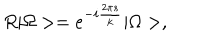
LaTeX: R | \Omega > = e ^ { - i \frac { 2 \pi s } { k } } | \Omega > ,